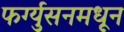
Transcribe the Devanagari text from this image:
फर्ग्युसनमधून